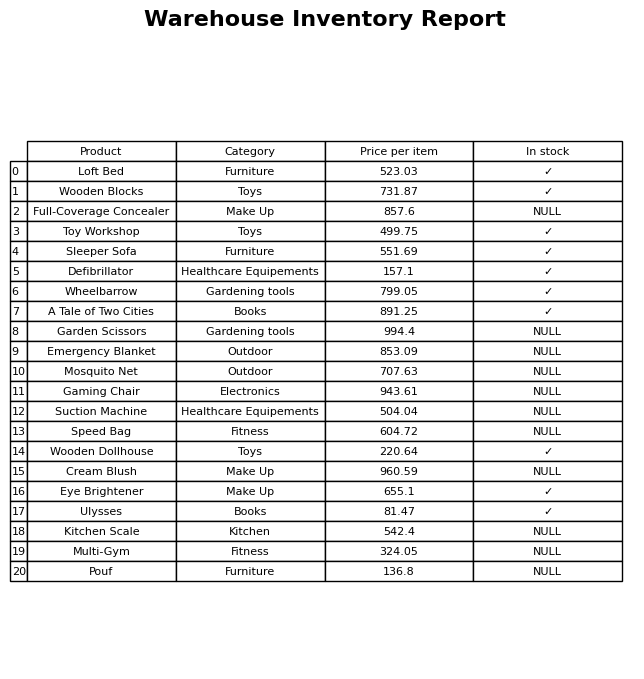
question: What is the price for Wheelbarrow?
answer: The price of Wheelbarrow is 799.05.